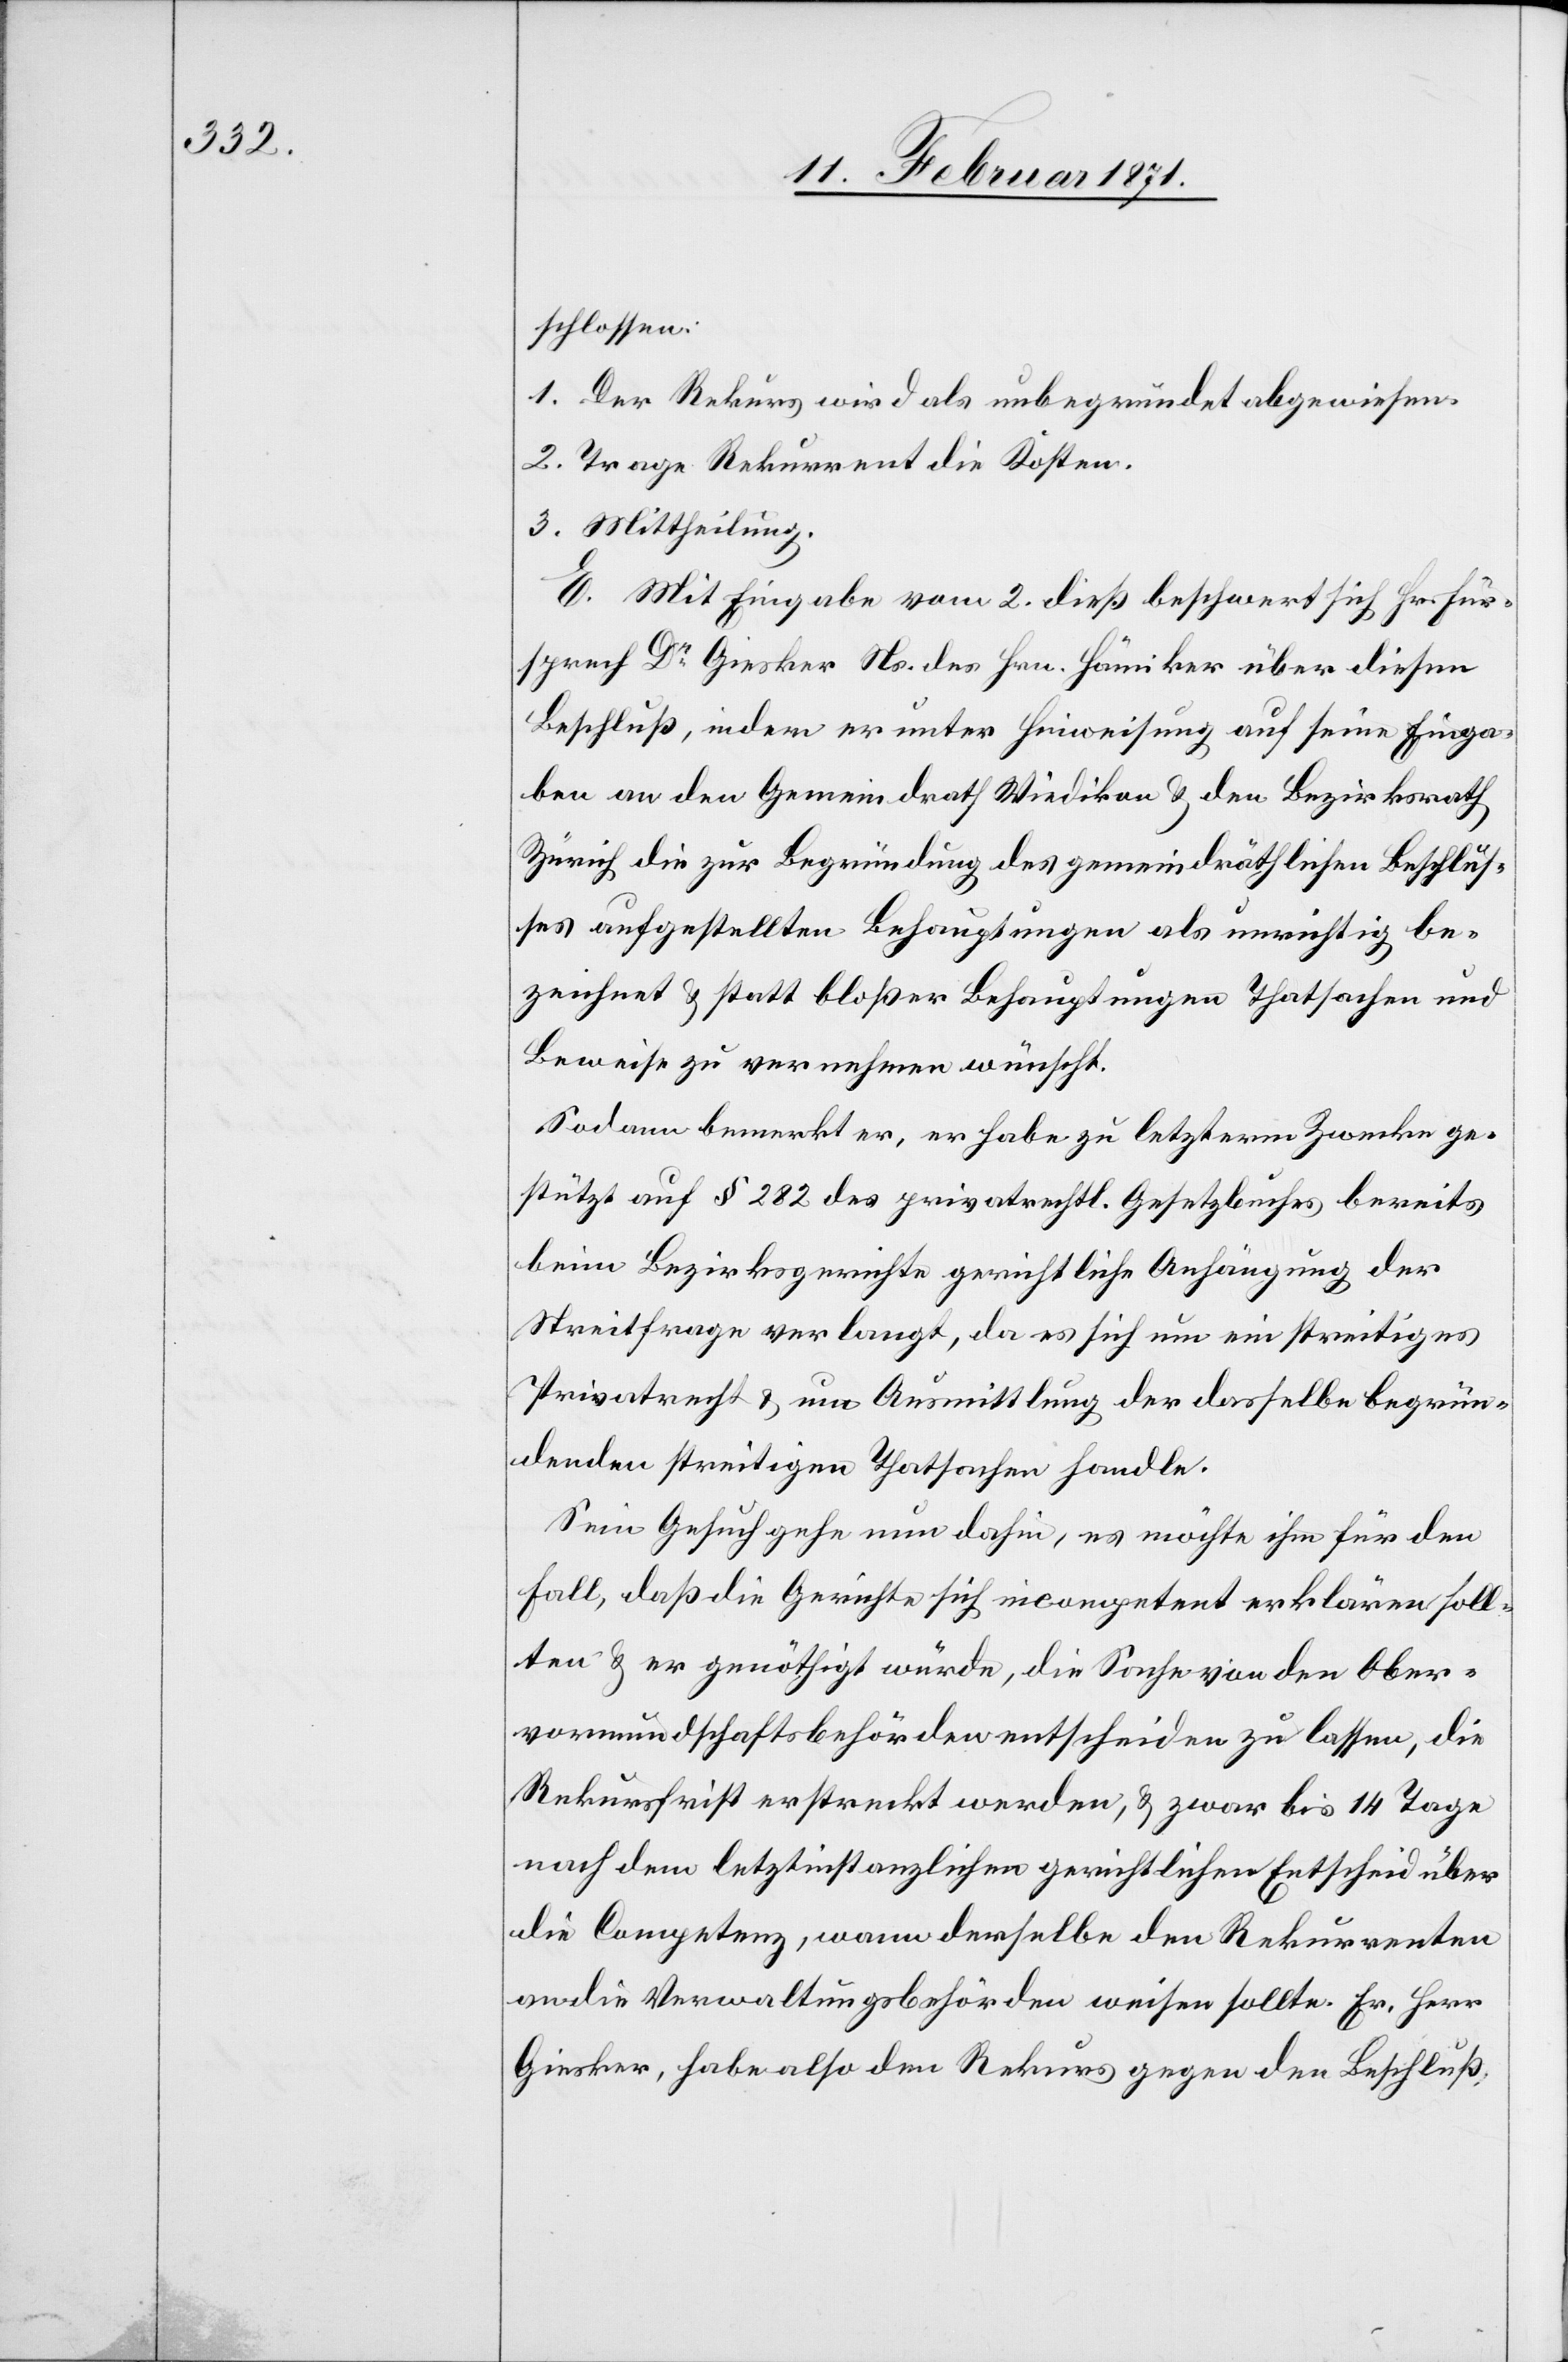
schlossen:
1. Der Rekurs wird als unbegründet abgewiesen.
2. Trage Rekurrent die Kosten.
3. Mittheilung.
E. Mit Eingabe vom 2. dieß beschwert sich Hr. Für¬
sprech Dr. Giesker Ns. des Hrn. Hämiker über diesen
Beschluß, indem er unter Hinweisung auf seine Einga¬
ben an den Gemeindrath Wiedikon u. den Bezirksrath
Zürich die zur Begründung des gemeindräthlichen Beschlus¬
ses aufgestellten Behauptungen als unrichtig be¬
zeichnet u. statt bloßer Behauptungen Thatsachen und
Beweise zu vernehmen wünscht.
Sodann bemerkt er, er habe zu letzterm Zwecke ge¬
stützt auf § 282 des privatrechtl. Gesetzbuches bereits
beim Bezirksgerichte gerichtliche Anhängung der
Streitfrage verlangt, da es sich um ein streitiges
Privatrecht u. um Ausmittlung der dasselbe begrün¬
denden streitigen Thatsachen handle.
Sein Gesuch gehe nun dahin, es möchte ihm für den
Fall, daß die Gerichte sich incompetent erklären soll¬
ten u. er genöthigt würde, die Sache von den Ober¬
vormundschaftsbehörden entscheiden zu lassen, die
Rekursfrist erstreckt werden, u. zwar bis 14 Tage
nach dem letztinstanzlichen gerichtlichen Entscheid über
die Competenz, wann derselbe den Rekurrenten
an die Verwaltungsbehörden weisen sollte. Fr. Herr
Giesker, habe also den Rekurs gegen den Beschluß